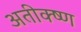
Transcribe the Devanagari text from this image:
अतीक्ष्ण